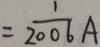
= \frac { 1 } { 2 0 0 6 } A